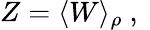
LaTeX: \begin{array}{r}{Z=\langle W\rangle_{\rho}\mathrm{~,~}}\end{array}